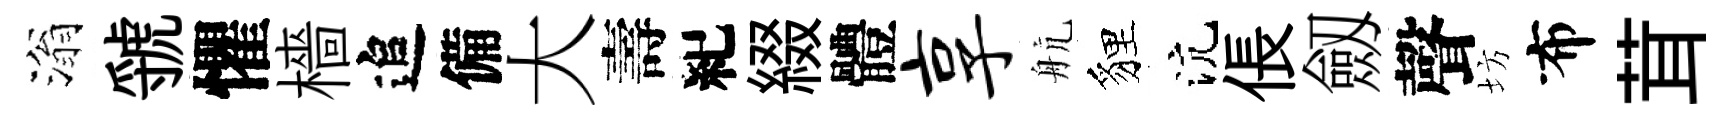
滃虢懼檣追備大壽紀綴體享航貍沆倀劔聲坊布茸